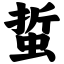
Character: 蜇